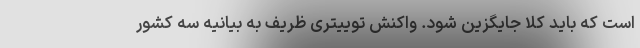
است که باید کلاً جایگزین شود. واکنش توییتری ظریف به بیانیه سه کشور